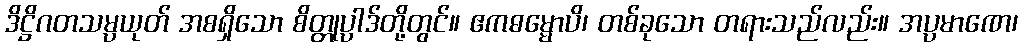
ဒိဋ္ဌိဂတသမ္ပယုတ် အစရှိသော စိတ္တုပ္ပါဒ်တို့တွင်။ ဧကဓမ္မောပိ၊ တစ်ခုသော တရားသည်လည်း။ အပ္ပမာဏေ၊